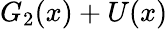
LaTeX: G_{2}(x)+U(x)